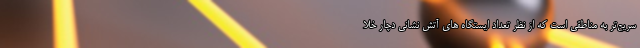
سریع‌تر به مناطقی است که از نظر تعداد ایستگاه های آتش نشانی دچار خلا